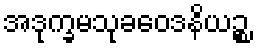
အဒုက္ခမသုခဝေဒနိယဉ္စ